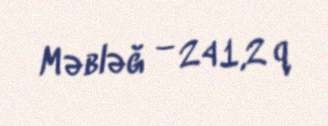
Məbləğ — 241,2 q